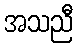
အသညီ